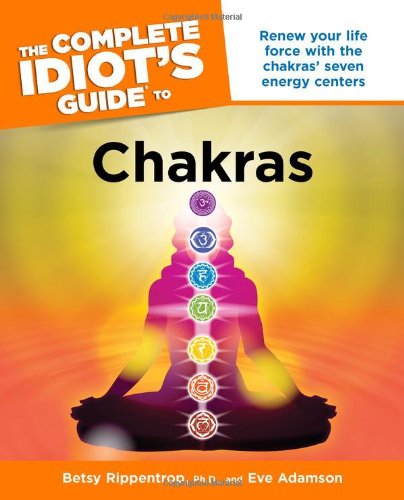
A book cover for The Complete Idiot's Guide to Chakras (Idiot's Guides); Betsy Rippentrop Ph.D.; Religion & Spirituality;